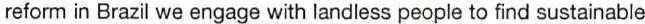
reform in Brazil we engage with landless people to find sustainable